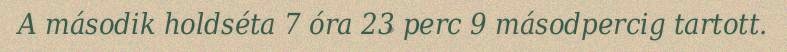
A második holdséta 7 óra 23 perc 9 másodpercig tartott.